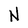
Character: N